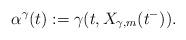
LaTeX: \begin{align*}\alpha^{\gamma} (t) := \gamma(t,X_{\gamma,m}(t^-)).\end{align*}